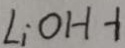
L i O H - 1